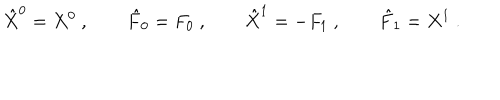
\hat { X } ^ { 0 } = X ^ { 0 } \ , \qquad \hat { F } _ { 0 } = F _ { 0 } \ , \qquad \hat { X } ^ { 1 } = - F _ { 1 } \ , \qquad \hat { F } _ { 1 } = X ^ { 1 } \ .